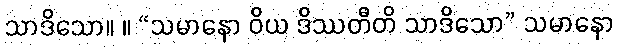
သာဒိသော။ ။ “သမာနော ဝိယ ဒိဿတီတိ သာဒိသော” သမာနော